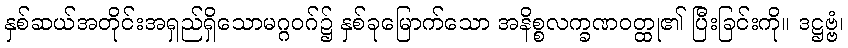
နှစ်ဆယ်အတိုင်းအရှည်ရှိသောမဂ္ဂဝဂ်၌ နှစ်ခုမြောက်သော အနိစ္စလက္ခဏဝတ္ထု၏ ပြီးခြင်းကို။ ဒဋ္ဌဗ္ဗံ၊